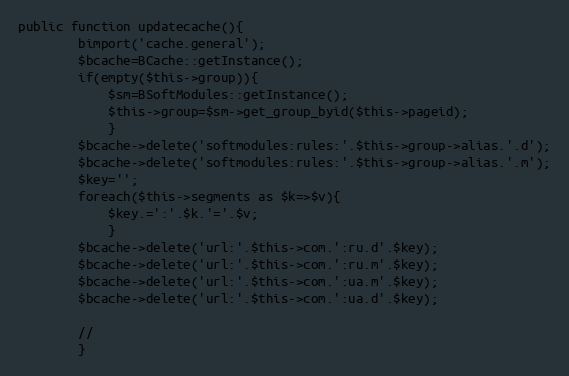
Language: PHP
public function updatecache(){
		bimport('cache.general');
		$bcache=BCache::getInstance();
		if(empty($this->group)){
			$sm=BSoftModules::getInstance();
			$this->group=$sm->get_group_byid($this->pageid);
			}
		$bcache->delete('softmodules:rules:'.$this->group->alias.'.d');
		$bcache->delete('softmodules:rules:'.$this->group->alias.'.m');
		$key='';
		foreach($this->segments as $k=>$v){
			$key.=':'.$k.'='.$v;
			}
		$bcache->delete('url:'.$this->com.':ru.d'.$key);
		$bcache->delete('url:'.$this->com.':ru.m'.$key);
		$bcache->delete('url:'.$this->com.':ua.m'.$key);
		$bcache->delete('url:'.$this->com.':ua.d'.$key);

		//
		}